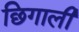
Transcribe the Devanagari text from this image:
छिगाली